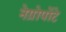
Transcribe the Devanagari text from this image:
नेग्रोपोंटे